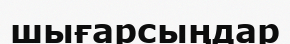
шығарсыңдар